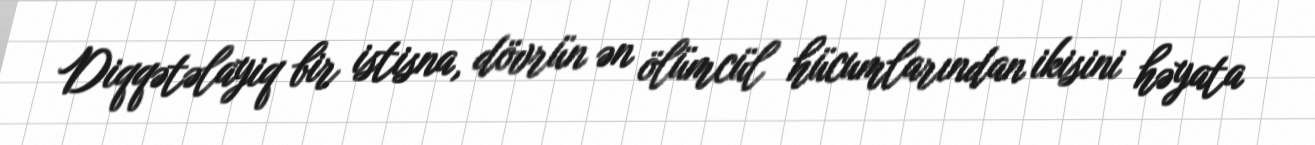
Diqqətəlayiq bir istisna, dövrün ən ölümcül hücumlarından ikisini həyata